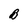
Character: B